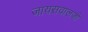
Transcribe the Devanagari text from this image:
जायसवालजी